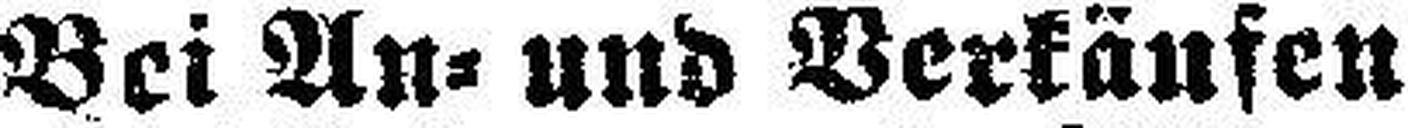
Bei An- und Verkäufen